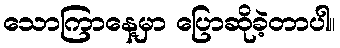
သောကြာနေ့မှာ ပြောဆိုခဲ့တာပါ။